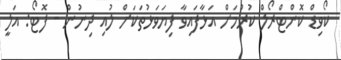
ކޯވިޑް ކޮންޓްރޯލް ކުރުމަށް އަޅާފައިވާ ފިޔަވަޅުތަކަށް ލުއި ދިނުން - ފޮޓޯ: އަލީ